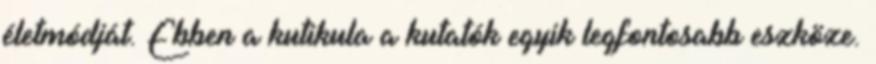
életmódját. Ebben a kutikula a kutatók egyik legfontosabb eszköze.